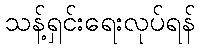
သန့်ရှင်းရေးလုပ်ရန်